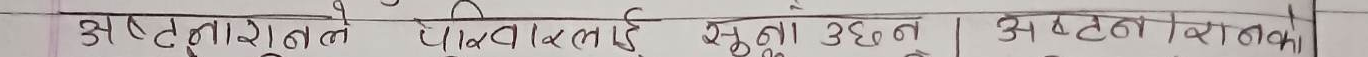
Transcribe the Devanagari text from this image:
अष्टभुजाले पिंगललाई सुता उठ्न | अष्टनायिका